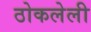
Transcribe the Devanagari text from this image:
ठोकलेली